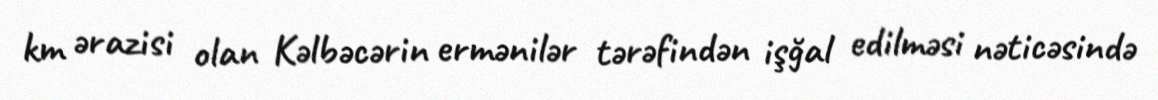
km ərazisi olan Kəlbəcərin ermənilər tərəfindən işğal edilməsi nəticəsində